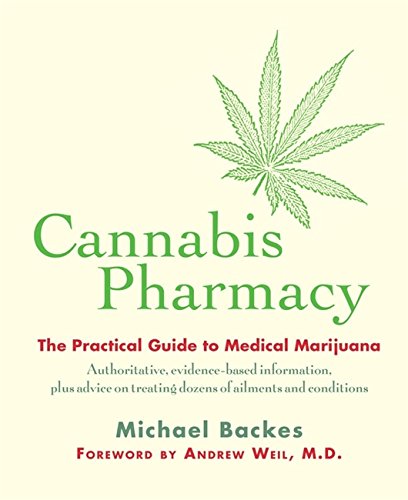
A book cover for Cannabis Pharmacy: The Practical Guide to Medical Marijuana; Michael Backes; Medical Books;